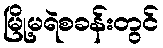
မြို့မရဲစခန်းတွင်